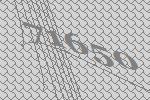
71650